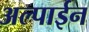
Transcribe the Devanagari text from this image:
अल्पाईन